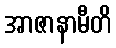
အာဇာနာမီတိ